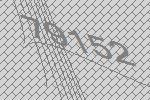
79152